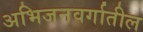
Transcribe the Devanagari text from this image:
अभिजनवर्गातील